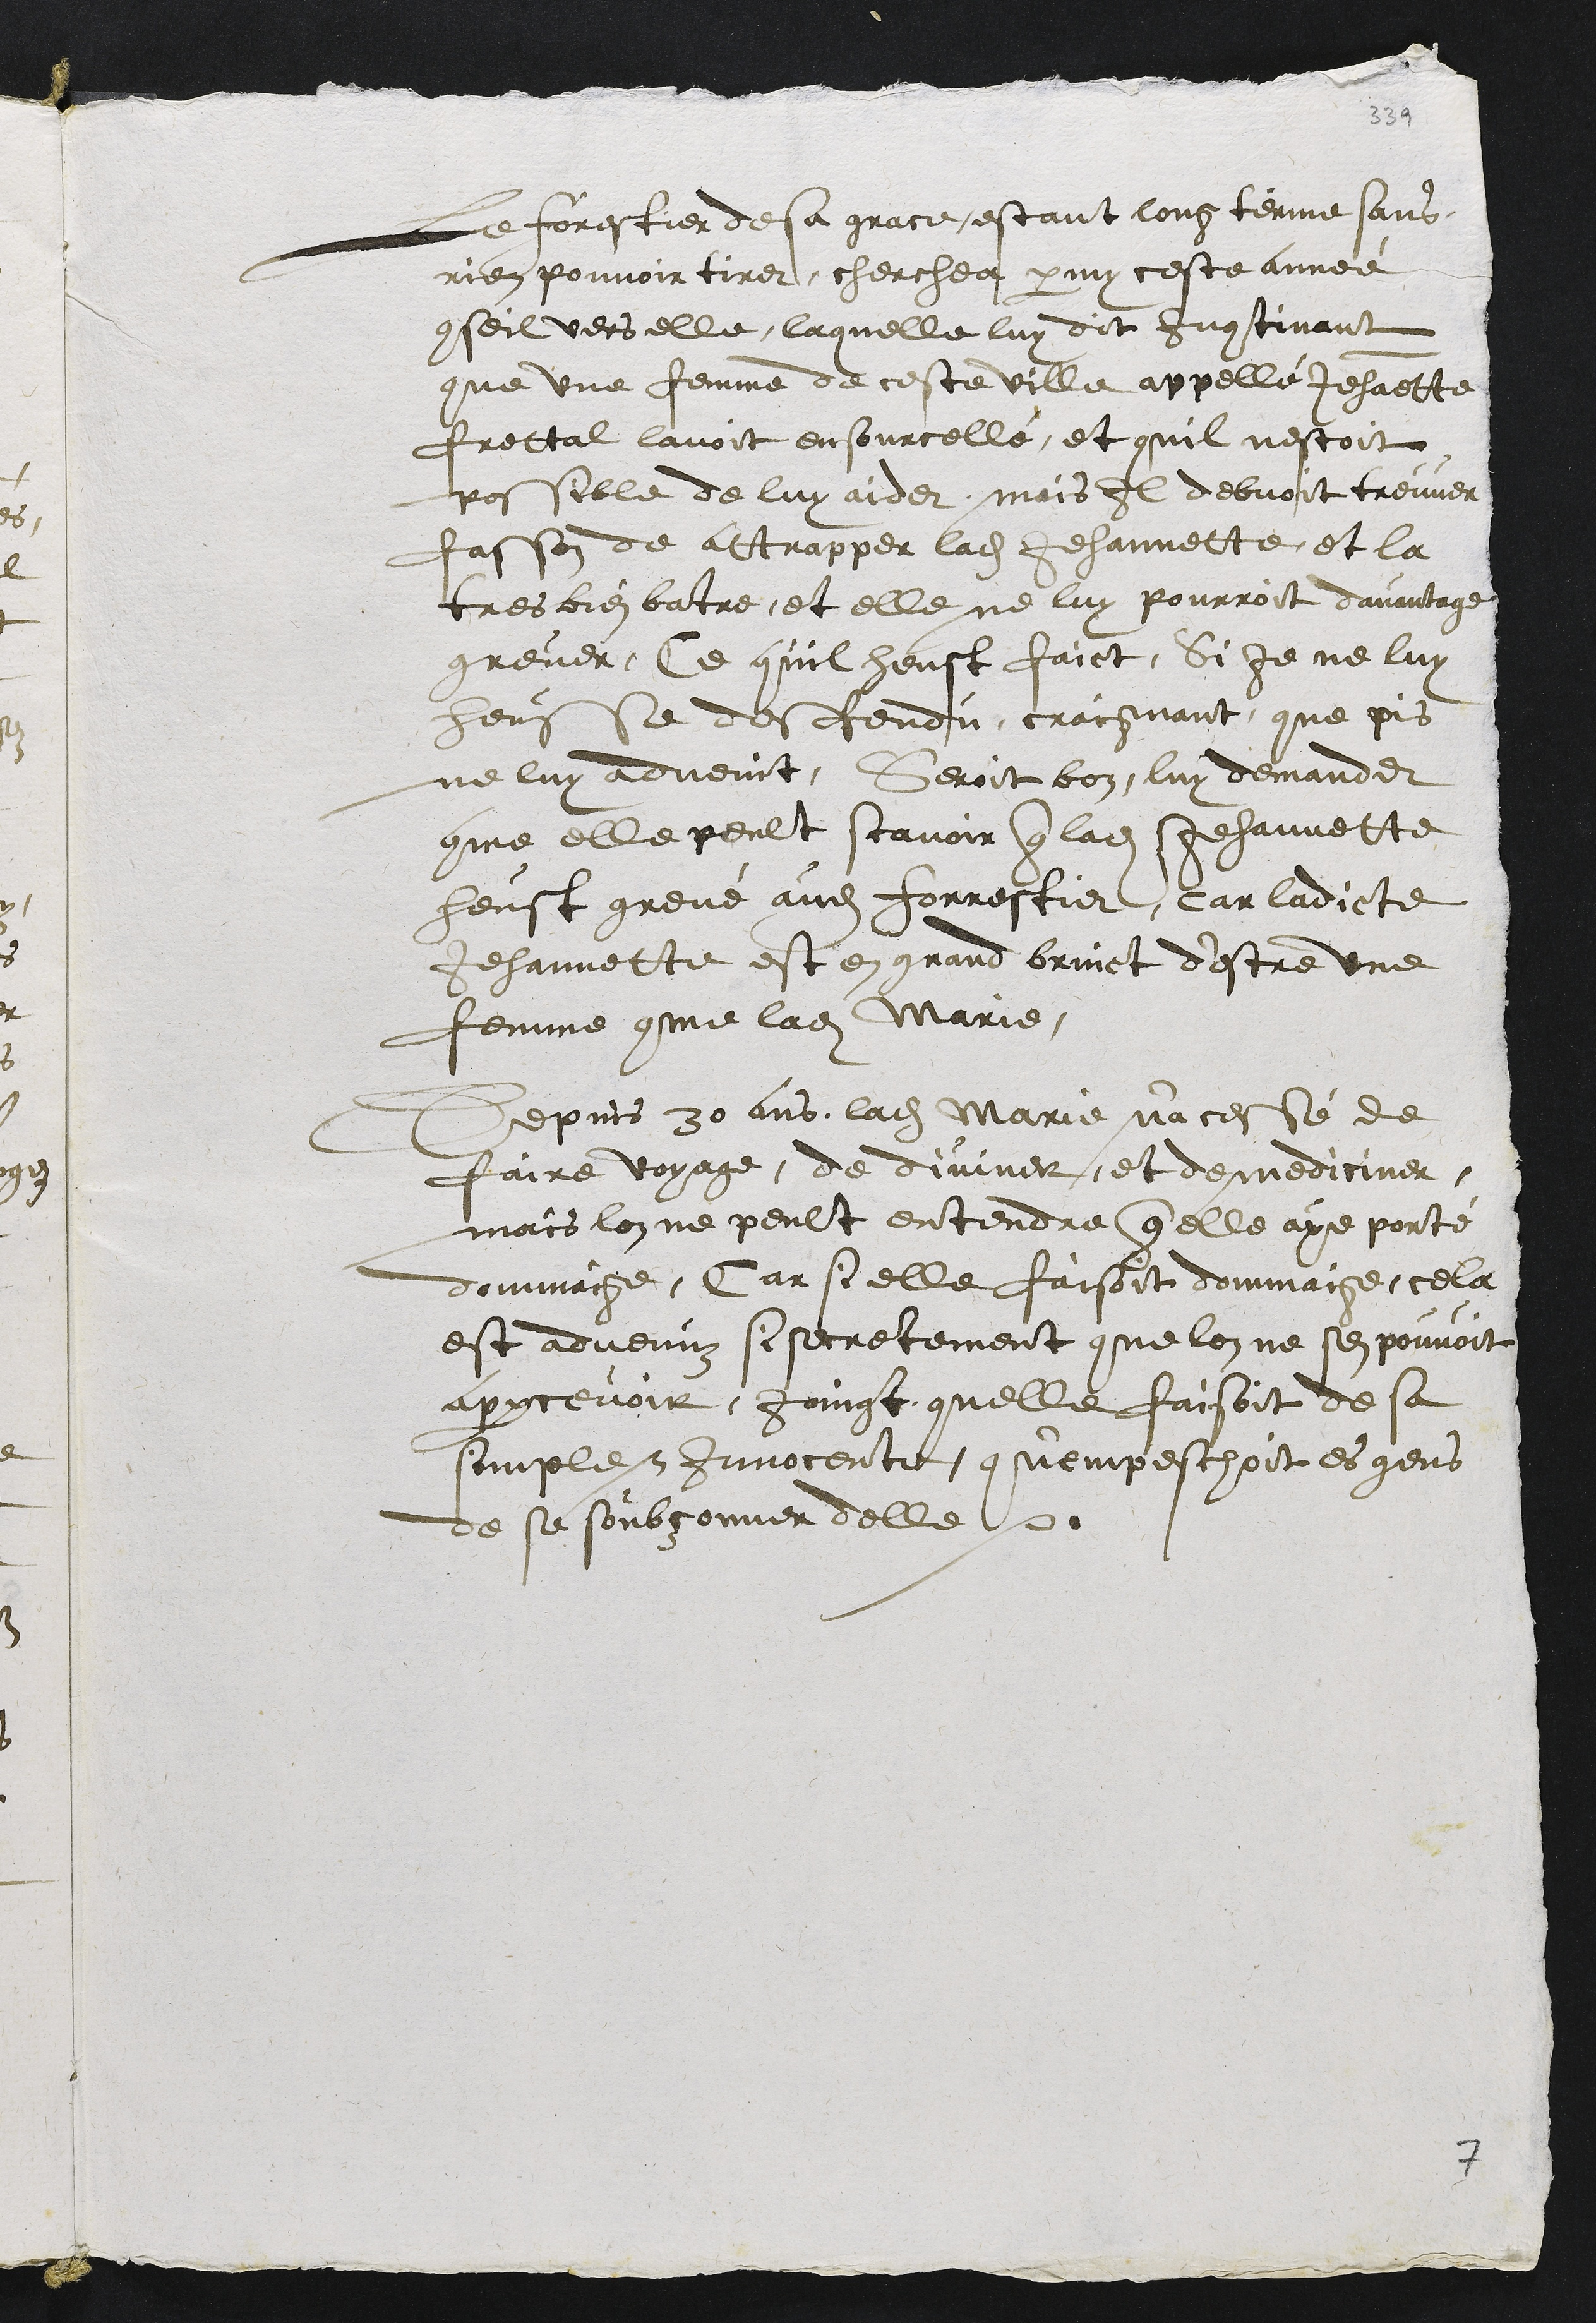
Le forestier de sa grace, estant long terme sans
rien pouvoir tirer, cherchea parmy ceste année
conseil vers elle, laquelle luy dit Incontinant
que une femme de ceste ville appelle Jehanette
Frettal lavoit ensourcellé et quil nestoit
possible de luy aider, mais Il debvoit treuver
fasson de attrapper ladite Jehannette, et la
tres bien batre, et elle ne luy pourroit davantage
grever, Ce quil heust faict, si je ne luy
heusse desfendu craignant que pis
ne luy advenit, Seroit bon, luy demander
comme elle peult scavoir que ladite Jehannette
heust grevé audit forrestier, car ladicte
Jehannette est en grand bruict d'estre une
femme comme ladite Marie,
Depuis 30 ans, ladite Marie n'a cessé de
faire voyage, de diviner et de mediciner,
mais lon ne peult entendre que elle aye porté
dommaige, Car si elle faisoit dommaige, cela
est advenuz si secretement que lon ne se pouvoit
appercevoir, joingt quelle faisoit de sa
simple et Innocente, quempeschoit es gens
de se soubçonner delle.

7